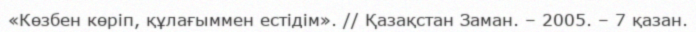
«Көзбен көріп, құлағыммен естідім». // Қазақстан Заман. – 2005. – 7 қазан.